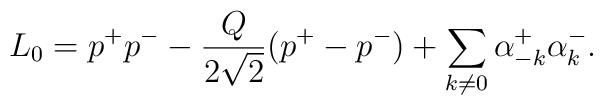
L_0=p^{+}p^{-}-\frac{Q}{2\sqrt{2}}(p^{+}-p^{-})+\sum_{k\ne 0}\alpha ^{+}_{-k}\alpha^{-}_{k}.